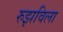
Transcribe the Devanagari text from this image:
रुझविला